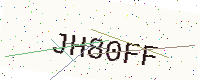
Text: JH80FF